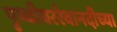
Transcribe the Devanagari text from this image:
पृथ्वीवररेवानदीच्या